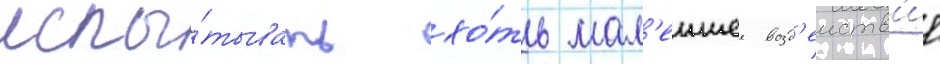
испы́тывать хо́ть мал'еишее возд'еиств'ие